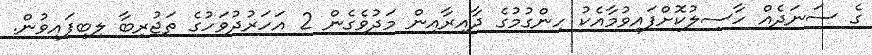
ގެ ސަނަދެއް ހާސިލުކޮށްފައިވުމާއެކު ހިންގުމުގެ ދާއިރާއިން މަދުވެގެން 2 އަހަރުދުވަހުގެ ތަޖުރިބާ ލިބިފައިވުން.